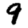
Digit: 9